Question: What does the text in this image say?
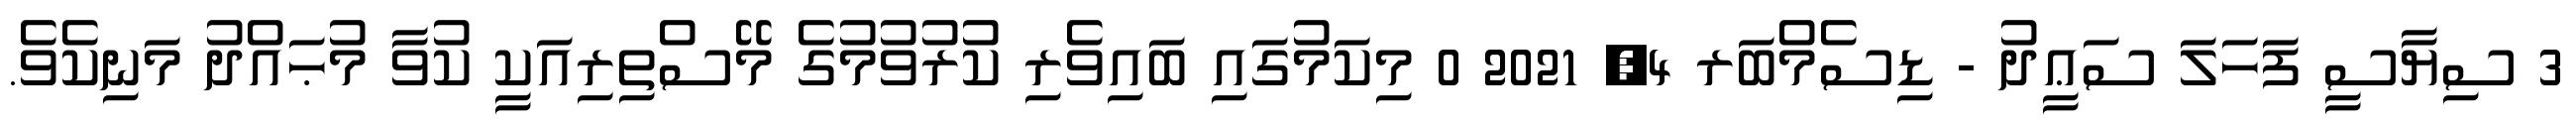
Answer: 3 ސިޔާސީ ފަހަލަ ސަޢީދު - ޑިސެމްބަރ 4, 2021 0 މިކަމުގައި ބައިވެރި ކުރުވުމުގެ މޭސްތިރިއަކީ ކުވާ މުޙައްދު މަނިކެވެ.